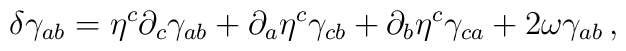
\delta \gamma_{ab} = \eta^c \partial_c \gamma_{ab} + \partial_a \eta^c\gamma_{cb} + \partial_b \eta^c \gamma_{ca} + 2 \omega \gamma_{ab}\, ,